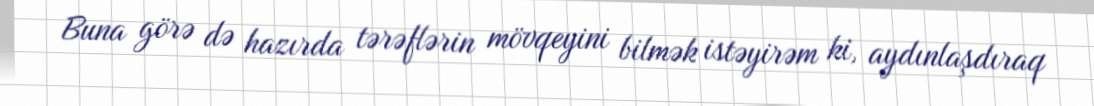
Buna görə də hazırda tərəflərin mövqeyini bilmək istəyirəm ki, aydınlaşdıraq